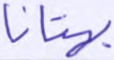
بهتانا